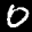
Label: 0